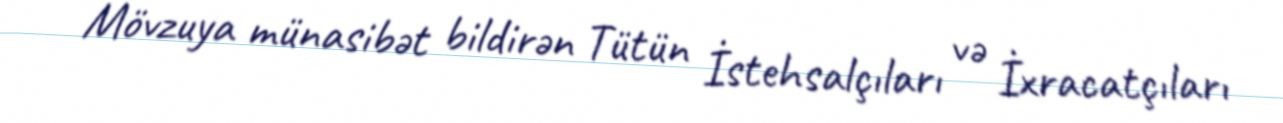
Mövzuya münasibət bildirən Tütün İstehsalçıları və İxracatçıları